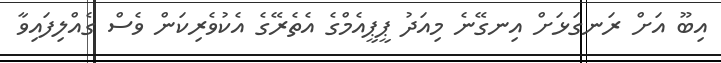
އިބޫ އަށް ރަނގަޅަށް އިނގޭނެ މިއަދު ޕީޕީއެމްގެ އެތެރޭގެ އެކުވެރިކަން ވެސް ގެއްލިފައިވާ